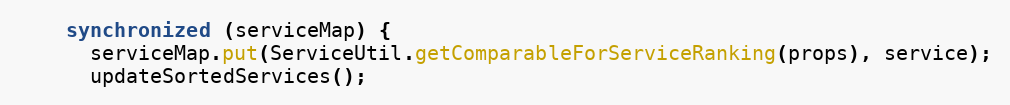
Language: Java
    synchronized (serviceMap) {
      serviceMap.put(ServiceUtil.getComparableForServiceRanking(props), service);
      updateSortedServices();